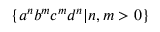
\{ a ^ { n } b ^ { m } c ^ { m } d ^ { n } | n , m > 0 \}